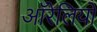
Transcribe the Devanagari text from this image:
ऑरेलियो